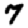
Digit: 7